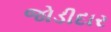
જોડીદાર